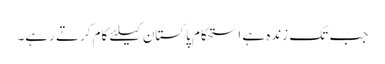
جب تک زندہ ہے استحکام پاکستان کیلئے کام کرتے رہے۔